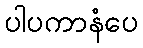
ပါပကာနံပေ